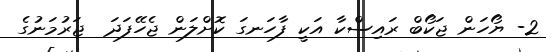
2- ޔޯހަން ޖަކޯބް ރައިސްކާ އަކީ ފާހަނގަ ކޮށްލަން ޖެހޭފަދަ  ޖަރުމަނުގެ